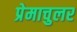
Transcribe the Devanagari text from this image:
प्रेमाचुलर